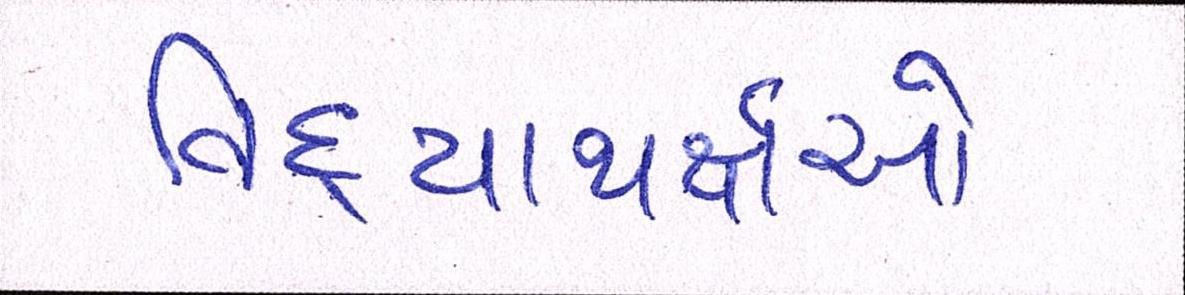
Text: વિદ્યાથર્ક્ષઓ